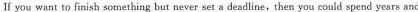
lf you want to finish something but never set a deadline,then you could spend years and